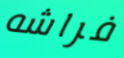
فراشه